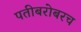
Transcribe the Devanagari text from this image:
पतीबरोबरच